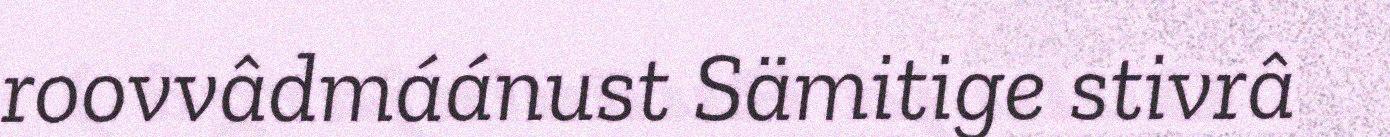
roovvâdmáánust Sämitige stivrâ